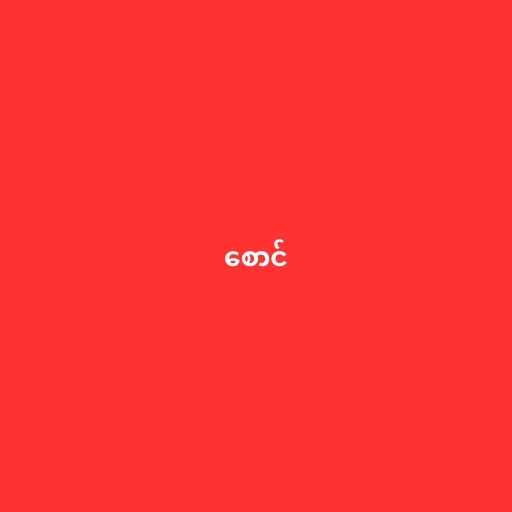
စောင်